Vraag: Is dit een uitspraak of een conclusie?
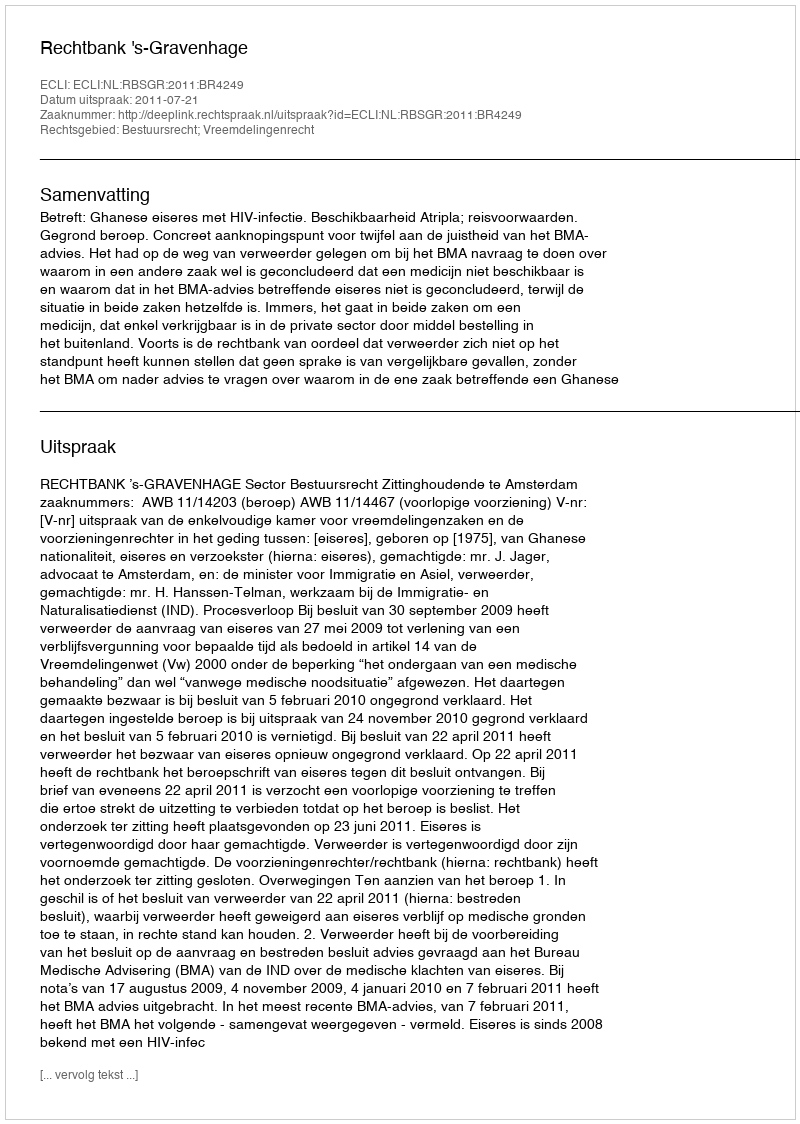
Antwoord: Uitspraak